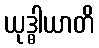
ယုဒ္ဓါယာတိ